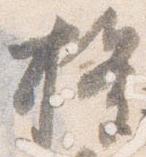
権